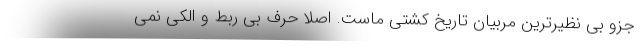
جزو بی نظیرترین مربیان تاریخ کشتی ماست. اصلا حرف بی ربط و الکی نمی